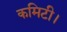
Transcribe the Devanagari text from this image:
कमिटी।